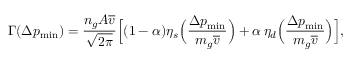
\Gamma ( \Delta p _ { \mathrm { m i n } } ) = \frac { n _ { g } A \overline { { v } } } { \sqrt { 2 \pi } } \Big [ ( 1 - \alpha ) \eta _ { s } \Big ( \frac { \Delta p _ { \mathrm { m i n } } } { m _ { g } \overline { { v } } } \Big ) + \alpha \, \eta _ { d } \Big ( \frac { \Delta p _ { \mathrm { m i n } } } { m _ { g } \overline { { v } } } \Big ) \Big ] ,